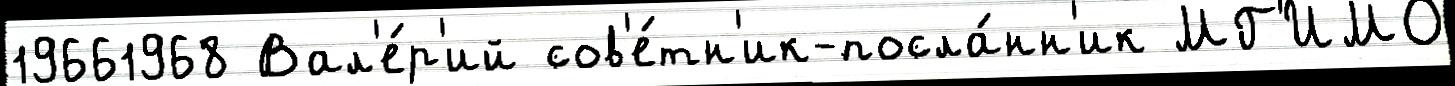
19661968 Вал'е́р'ий сов'е́тн'ик-посла́нн'ик МГ'ИМО